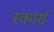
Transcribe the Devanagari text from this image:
स्कार्स